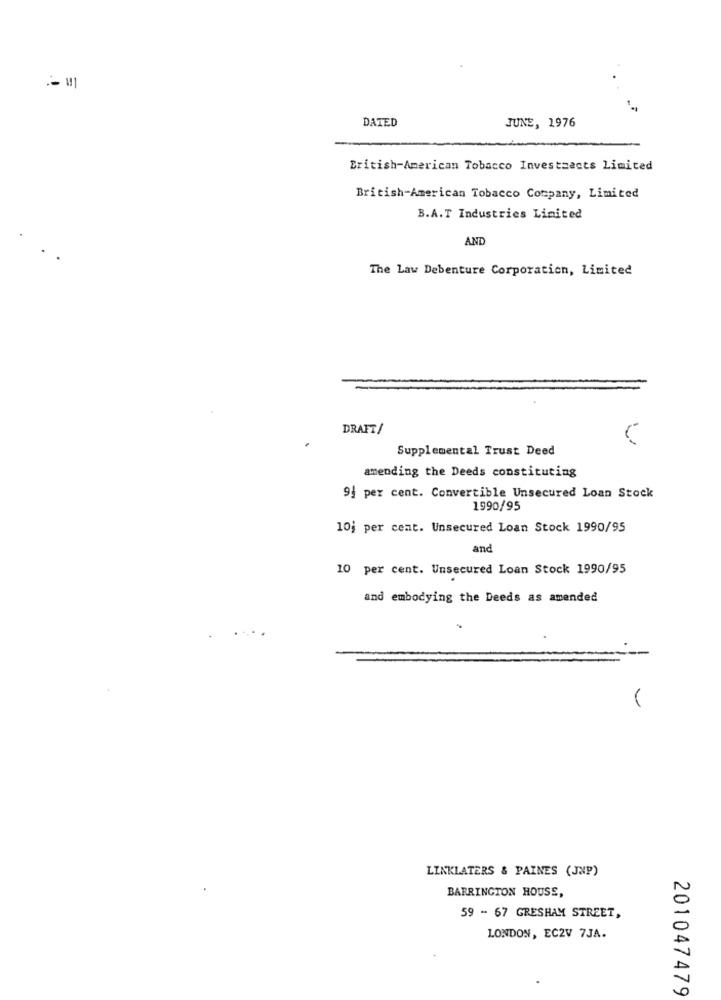
DATED
JUNE, 1976
British-American Tobacco Investsacts Limited
British-American Tobacco Company, Limited
B.A.T Industries Limited
AND
The Law Debenture Corporation, Limited
DRAFT/
Supplemental Trust Deed
amending the Deeds constituting
9] per cent. Convertible Unsecured Loan Stock
1990/95
10; per cent. Unsecured Loan Stock 1990/95
and
10 per cent. Unsecured Loan Stock 1990/95
and embodying the Deeds as amended
LINKLATERS & PAINES (JNP)
BARRINGTON HOUSE,
59 - 67 GRESHAM STREET,
LONDON, EC2V 7JA.
201047479